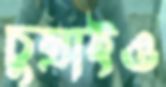
চুম্‌রাইও